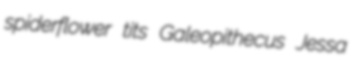
spiderflower tits Galeopithecus Jessa